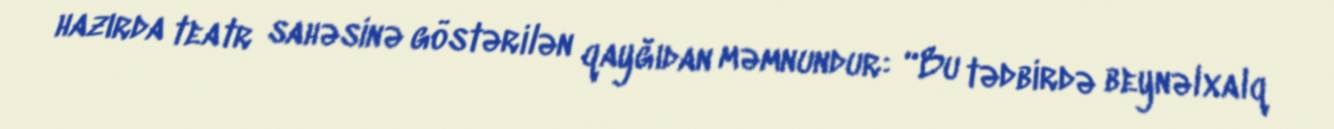
hazırda teatr sahəsinə göstərilən qayğıdan məmnundur: “Bu tədbirdə beynəlxalq